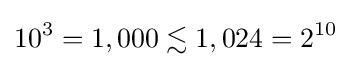
10^{3}=1,000\lesssim 1,024=2^{10}